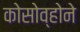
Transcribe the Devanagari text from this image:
कोसोव्होने